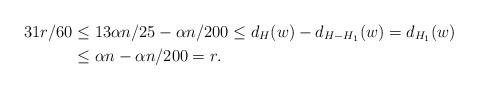
LaTeX: \begin{align*}31r/60 & \le 13\alpha n/25- \alpha n/200\le d_{H}(w)-d_{H-H_1}(w)= d_{H_1}(w) \\ & \le \alpha n-\alpha n/200= r .\end{align*}